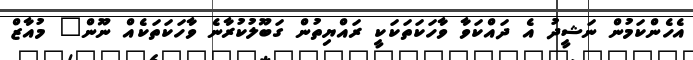
އެހެންކަމުން ނަޝީދު އެ ދައްކަވާ ވާހަކަތަކަކީ ރައްޔިތުން ގަބޫލުކުރާނެ ވާހަކަތަކެއް ނޫން" މުއާޒް